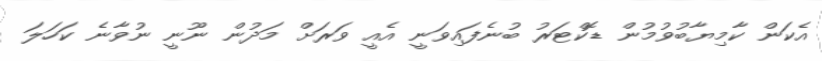
އެކަން ކާމިޔާބުވުމުން ޑޮކްޓަރު ބުނެފައިވަނީ އެއީ ވަރަށް މަދުން ނޫނީ ނުވާނެ ކަހަލަ